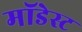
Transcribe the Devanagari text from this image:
मॉडेस्ट